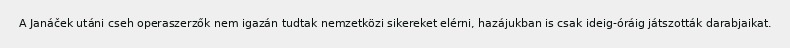
A Janáček utáni cseh operaszerzők nem igazán tudtak nemzetközi sikereket elérni, hazájukban is csak ideig-óráig játszották darabjaikat.